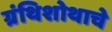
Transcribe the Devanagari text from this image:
ग्रंथिशोथाचे